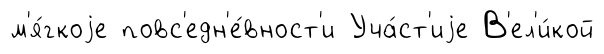
м'я́гкоjе повс'едн'е́вност'и Уча́ст'иjе В'ел'и́кой